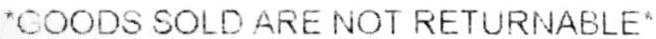
*GOODS SOLD ARE NOT RETURNABLE*